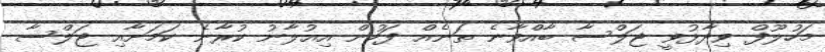
މަހުލޫފް ވިދާޅުވީ ޖަލްސާ ބާއްވާނެ ތަނެއް ފަހުން އިއުލާނު ކުރާނެ ކަމަށާއި ޖަލްސާ